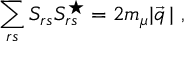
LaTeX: \sum _ { r s } S _ { r s } S _ { r s } ^ { \star } = 2 m _ { \mu } | \vec { q } \, | \ ,